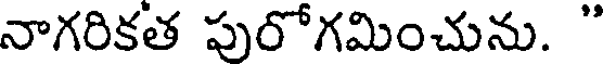
నాగరికత పురోగమించును. "